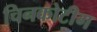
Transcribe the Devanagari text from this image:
चिनकोटीग